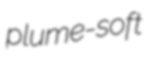
plume-soft